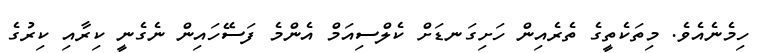
ހިމެނެއެވެ. މިތަކެތީގެ ތެރެއިން ހަށިގަނޑަށް ކެލްސިއަމް އެންމެ ފަސޭހައިން ނެގެނީ ކިރާއި ކިރުގެ